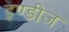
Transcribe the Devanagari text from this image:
इण्डीज